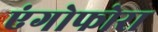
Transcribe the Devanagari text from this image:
एंगोफोरा